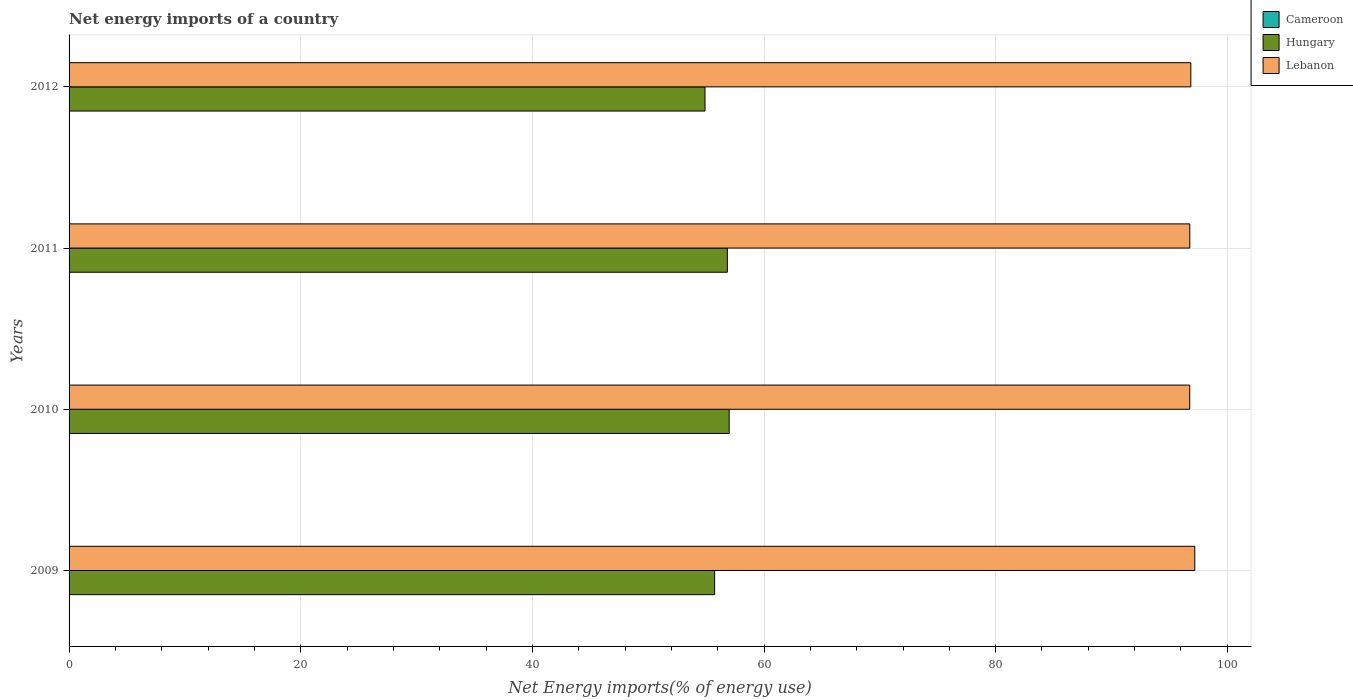
| Years | Cameroon | Hungary | Lebanon |
 | --- | --- | --- | --- |
 | 2009 | -27.9 | 55.7 | 97.2 |
 | 2010 | -20.6 | 57 | 96.8 |
 | 2011 | -21.1 | 56.8 | 96.8 |
 | 2012 | -12.3 | 54.9 | 96.9 |